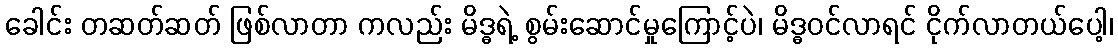
ခေါင်း တဆတ်ဆတ် ဖြစ်လာတာ ကလည်း မိဒ္ဓရဲ့ စွမ်းဆောင်မှုကြောင့်ပဲ၊ မိဒ္ဓဝင်လာရင် ငိုက်လာတယ်ပေါ့၊